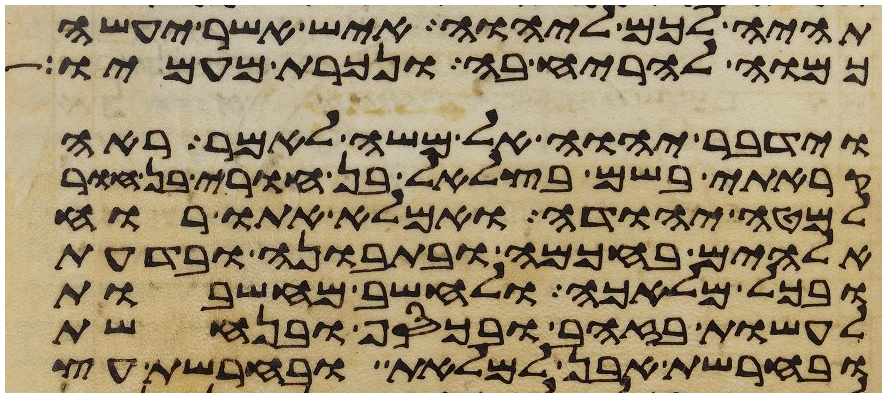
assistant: תהיה לכם ליהוה איש אשר יעשה
כמוה להריח בה ונכרת מעמיו
וידבר יהוה אל משה לאמר ראה
קראתי בשם בצלאל בן חורי בן חור
למטה יהודה ואמלא אתו רוח
אלהים בחכמה ובתבונה ובדעת
ובכל מלאכה ולחשב מחשבות
לעשות בזהב ובכסף ובנחשת
ובחרשת אבן למלאת ובחרשת עץ